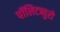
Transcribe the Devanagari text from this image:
पॉलिटब्युरो